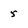
Character: 5